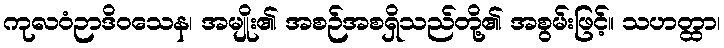
ကုလဝံဉာဒိဝသေန၊ အမျိုး၏ အစဉ်အစရှိသည်တို့၏ အစွမ်းဖြင့်။ သဟတ္ထာ၊